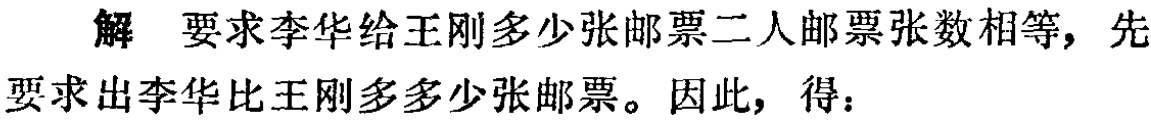
解 要求李华给王刚多少张邮票二人邮票张数相等，先要求出李华比王刚多多少张邮票。因此，得：